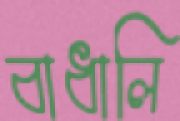
বাধালি